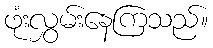
ဖုံးလွှမ်းနေကြသည်။